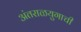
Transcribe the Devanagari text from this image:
अंतराळयुगाची